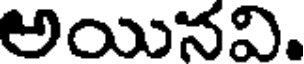
అయినవి.